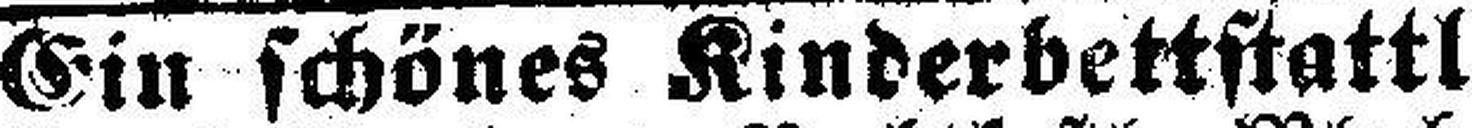
Ein schönes Kinderbettstattl